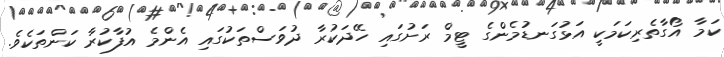
ކަމާ އޯގާތެރިކަމަކީ އަޅުގަނޑުމެންގެ ޓީމް ރަށުގައި ހޭދަކުރާ ދުވަސްތަކުގައި އެންމެ އުފާކުރާ ކަންތަކެވެ.